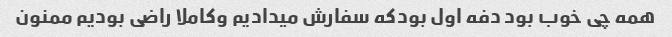
همه چی خوب بود دفه اول بودکه سفارش میدادیم وکاملا راضی بودیم ممنون